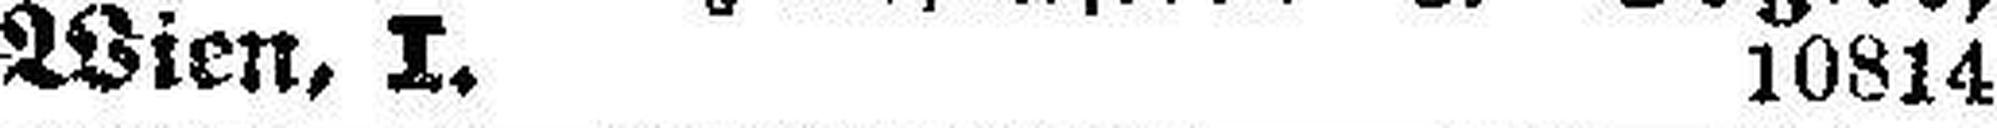
Wien, I. 10814